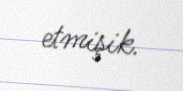
etmişik.